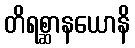
တိရစ္ဆာနယောနိ